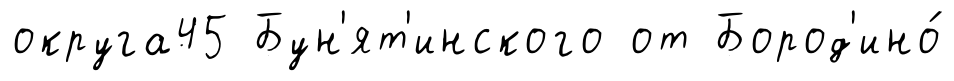
округа45 Бун'ят'инского от Бород'ино́